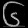
Digit: ၆